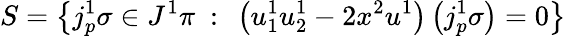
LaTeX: S=\left\{ j_{p}^{1}\sigma\in J^{1}\pi\ :\ \left(u_{1}^{1}u_{2}^{1}-2x^{2}u^{1}\right)\left(j_{p}^{1}\sigma\right)=0\right\}